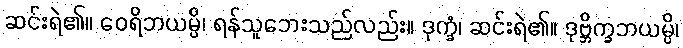
ဆင်းရဲ၏။ ဝေရိဘယမ္ပိ၊ ရန်သူဘေးသည်လည်း။ ဒုက္ခံ၊ ဆင်းရဲ၏။ ဒုဗ္ဘိက္ခဘယမ္ပိ၊